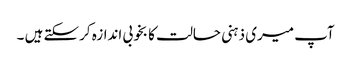
آپ میری ذہنی حالت کا بخوبی اندازہ کرسکتے ہیں ۔